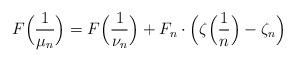
LaTeX: \begin{align*} F\Big(\frac{1}{\mu_n}\Big)= F\Big(\frac{1}{\nu_n}\Big)+ F_n\cdot\Big(\zeta\Big(\frac{1}{n}\Big)-\zeta_n\Big)\end{align*}